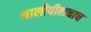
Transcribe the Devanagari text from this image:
थालीपीठाचाच